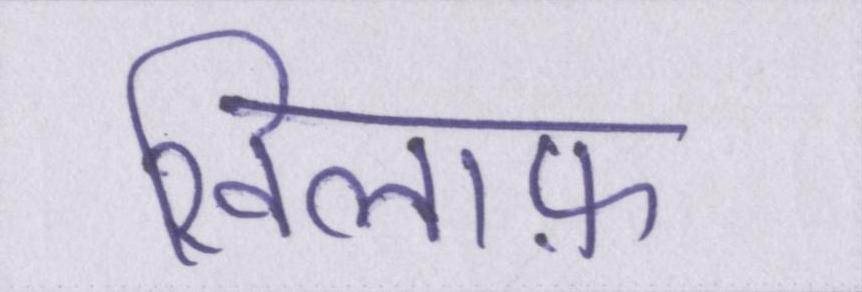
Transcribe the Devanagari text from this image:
खिलाफ़